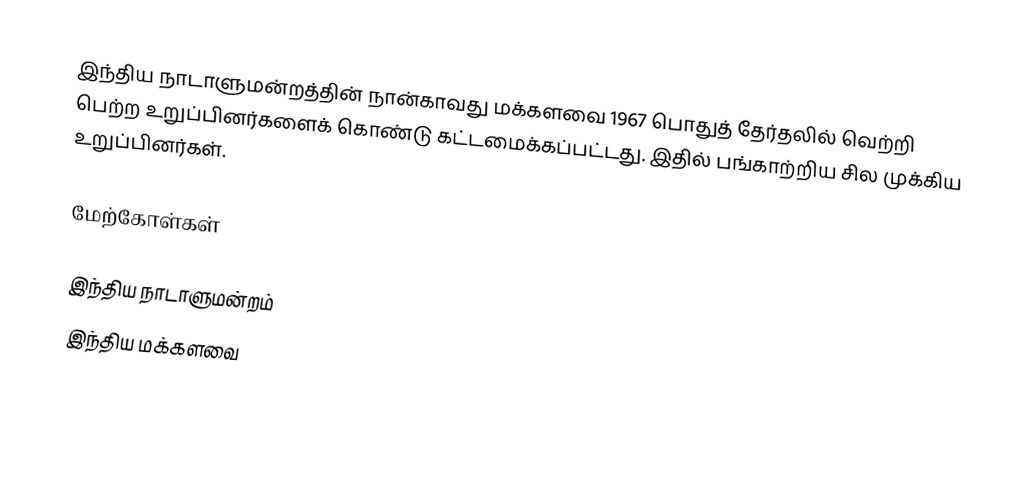
இந்திய நாடாளுமன்றத்தின் நான்காவது மக்களவை 1967 பொதுத் தேர்தலில் வெற்றி பெற்ற உறுப்பினர்களைக் கொண்டு கட்டமைக்கப்பட்டது. இதில் பங்காற்றிய சில முக்கிய உறுப்பினர்கள்.

மேற்கோள்கள்

இந்திய நாடாளுமன்றம்
இந்திய மக்களவை